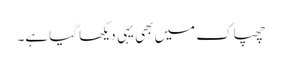
چھپاک میں بھی یہی دیکھا گیا ہے۔